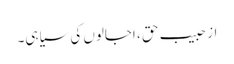
از حبیب حق ، اجالوں کی سیاہی۔